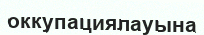
оккупациялауына